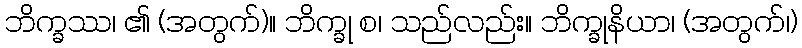
ဘိက္ခဿ၊ ၏ (အတွက်)။ ဘိက္ခု စ၊ သည်လည်း။ ဘိက္ခုနိယာ၊ (အတွက်၊)